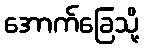
အောက်ခြေသို့